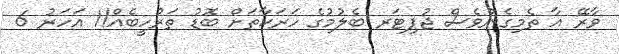
ވާރޭ އާ ތެމިގެންވެސް ޖުޕިޓަރ ބެލުމުގެ ހަރަކާތަށް ބޮޑު ތަރުހީބެއް!1 އަހަރު 6